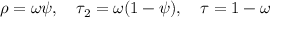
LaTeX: \rho = \omega \psi , \quad \tau _ { 2 } = \omega ( 1 - \psi ) , \quad \tau = 1 - \omega